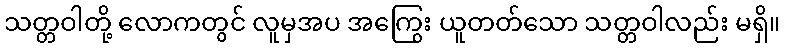
သတ္တဝါတို့ လောကတွင် လူမှအပ အကြွေး ယူတတ်သော သတ္တဝါလည်း မရှိ။